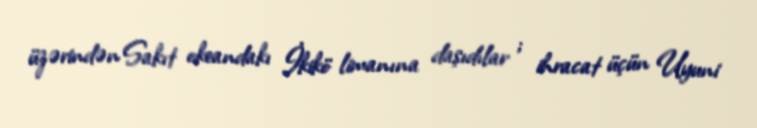
üzərindən Sakıt okeandakı İkikö limanına daşıdılar ; ihracat üçün Uyuni